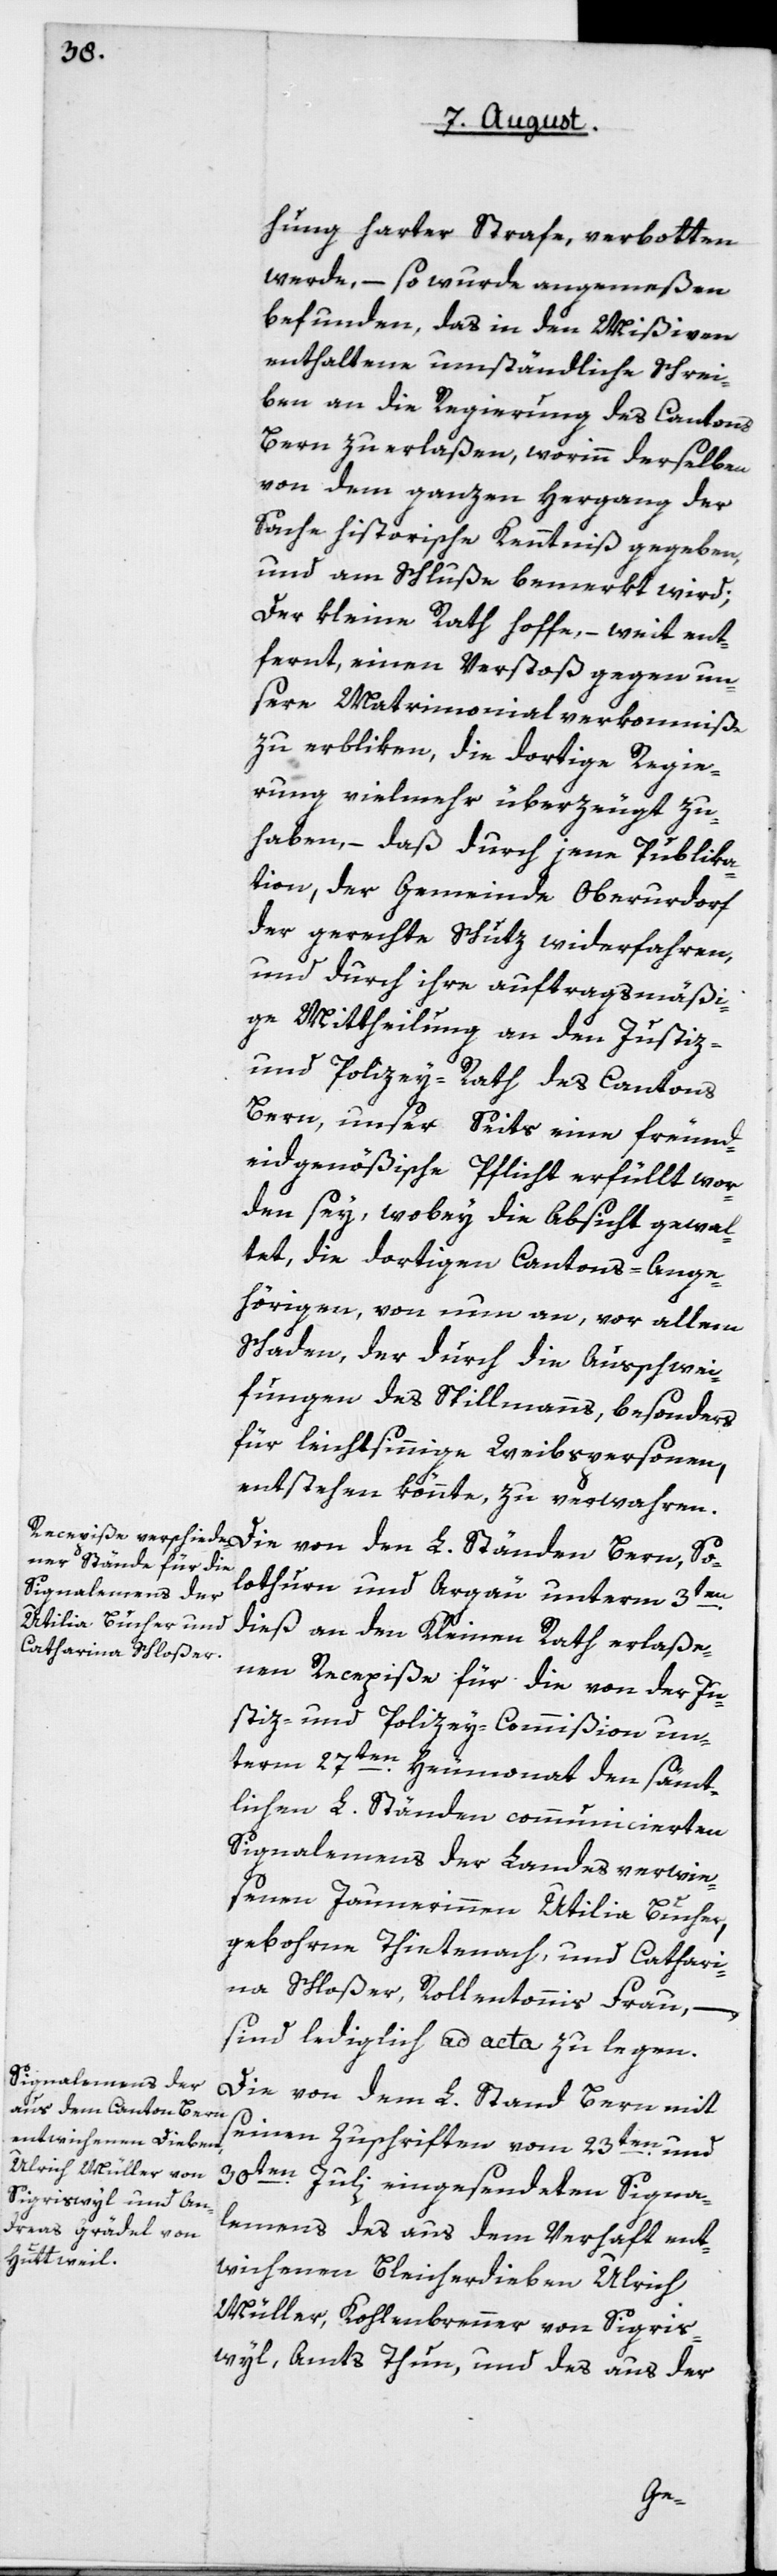
hung starker Strafe, verbotten
werde, – so wurde angemeßen
befunden, das in den Mißiven
enthaltene umständliche Schrei¬
ben an die Regierung des Cantons
Bern zu erlaßen, worinn derselben
von dem ganzen Hergang der
Sache historische Kenntniß gegeben
und am Schluße bemerkt wird:
Der Kleine Rath hoffe, – weit ent¬
fernt, einen Verstoß gegen un¬
sere Matrimonialverkommniße
zu erbliken, die dortige Regie¬
rung vielmehr überzeugt zu
haben, daß durch jene Publika¬
tion, der Gemeinde Oberurdorf
der gerechte Schutz widerfahren,
und durch ihre auftragsmäßi¬
ge Mittheilung an den Justiz-
und Polizey-Rath des Cantons
Bern, unser Seits eine freund¬
eidgenößische Pflicht erfüllt wor¬
den sey, wobey die Absicht gewal¬
tet, die dortigen Cantons-Ange¬
hörigen, von nun an, vor allem
Schaden, der durch die Außchwei¬
fungen des Spillmanns, besonders
für leichtsinnige Weibspersonen,
entstehen könnte, zu verwahren.
lothurn und Argau unterm 3ten
dieß an den Kleinen Rath erlaße¬
nen Recepiße für die von der Ju¬
stiz- und Polizeycommißion un¬
term 27ten Heumonat den sämt¬
lichen L. Ständen communicierten
Signalemens der landesverwie¬
senen Jaunerinnen Utilia Bucher,
geborne Thietenach, und Cathari¬
na Schloßer, Rollentonis Frau,
sind lediglich ad acta zu legen.
Die von dem L. Stand Bern mit
seinen Zuschriften vom 23ten und
30ten Julii eingesendeten Signa¬
lemens des aus dem Verhaft ent¬
wichenen Bleicherdieben Ulrich
Müller, Kohlenbrenner, von Sigris¬
wil, Amts Thun; und des aus der